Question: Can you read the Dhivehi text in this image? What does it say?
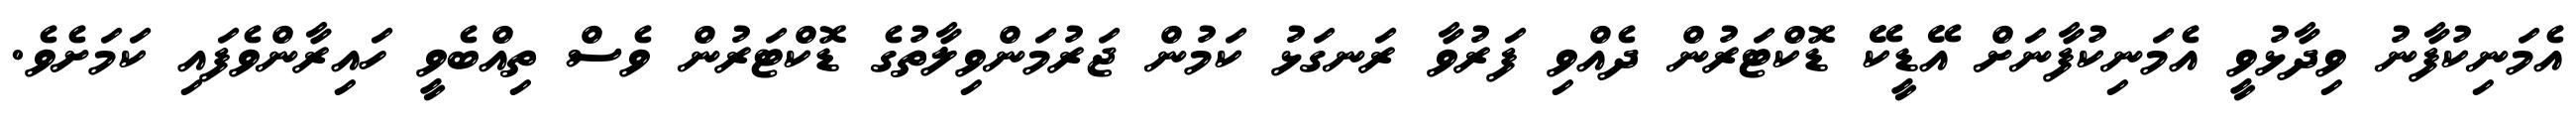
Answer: އެމަނިކުފާނު ވިދާޅުވީ އެމަނިކުފާނަށް އޭޑީކޭ ޑޮކްޓަރުން ދެއްވި ފަރުވާ ރަނގަޅު ކަމުން ޖަރުމަންވިލާތުގެ ޑޮކްޓަރުން ވެސް ތިއްބެވީ ހައިރާންވެފައި ކަމަށެވެ.